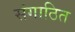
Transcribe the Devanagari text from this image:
संगाठित